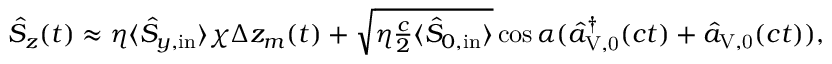
\begin{array} { r } { \hat { S } _ { z } ( t ) \approx \eta \langle \hat { S } _ { y , \mathrm { i n } } \rangle \chi \Delta z _ { m } ( t ) + \sqrt { \eta \frac { c } { 2 } \langle \hat { S } _ { 0 , \mathrm { i n } } \rangle } \cos \alpha ( \hat { a } _ { \mathrm { V , 0 } } ^ { \dagger } ( c t ) + \hat { a } _ { \mathrm { V , 0 } } ( c t ) ) , } \end{array}